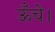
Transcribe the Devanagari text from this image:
ऊँचे।